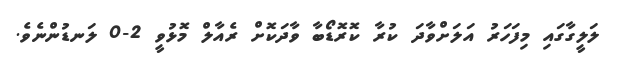
ލަލީގާގައި މިފަހަރު އަލަށްވާދަ ކުރާ ކޮރޮޑޯބާ ވާދަކޮށް ރެއާލް މޮޅުވީ 2-0 ލަނޑުންނެވެ.